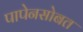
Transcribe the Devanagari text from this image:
पापेनसोबत